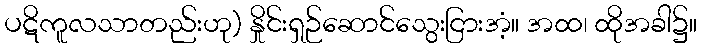
ပဋိကူလသာတည်းဟု) နှိုင်းရှဉ်ဆောင်သွေးငြားအံ့။ အထ၊ ထိုအခါ၌။